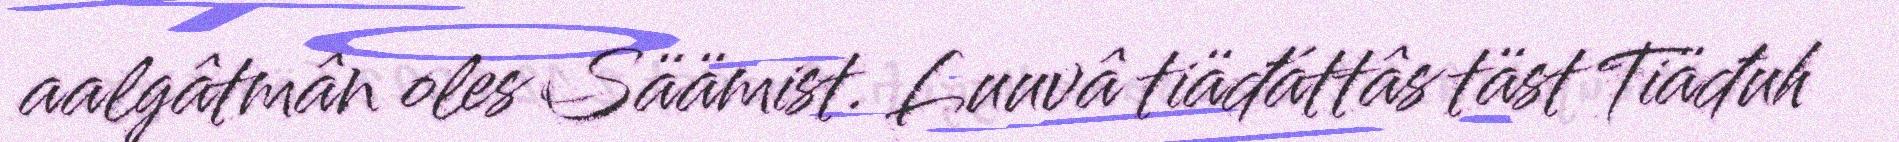
aalgâtmân oles Säämist. Luuvâ tiäđáttâs täst Tiäđuh